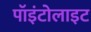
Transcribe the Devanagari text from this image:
पॉइंटोलाइट